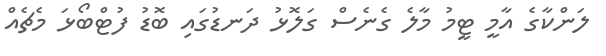
ލަންކާގެ އާމީ ޓީމު މާލެ ގެނެސް ގަލޮޅު ދަނޑުގައި ބޮޑު ފުޓްބޯޅަ މެޗެއް